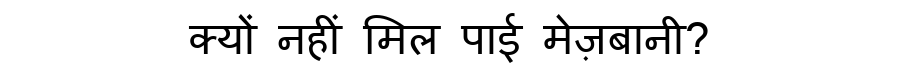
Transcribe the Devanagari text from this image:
क्यों नहीं मिल पाई मेज़बानी?